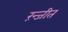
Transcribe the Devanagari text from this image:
रंन्जीत